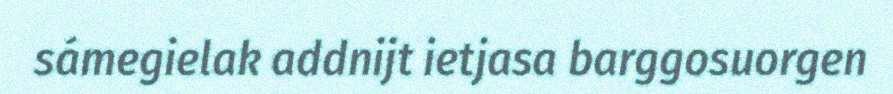
sámegielak addnijt ietjasa barggosuorgen